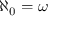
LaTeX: \aleph _ { 0 } = \omega